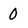
Character: 0